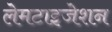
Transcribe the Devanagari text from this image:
लेमटाइजेशन